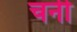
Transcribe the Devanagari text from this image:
चनी